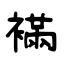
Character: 襔